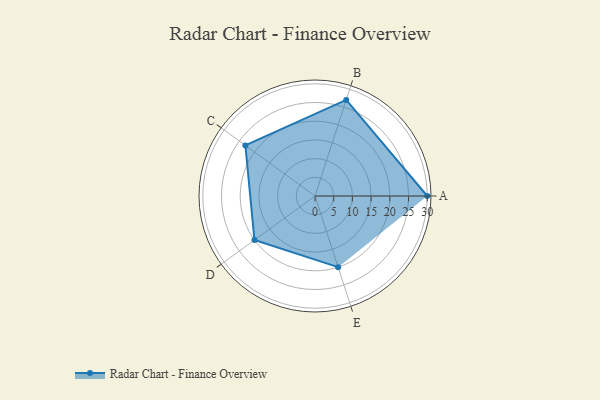
{"axis": {"x": "Skill", "y": "Score"}, "legend": ["Profile"], "data": [{"x": "A", "y": 30.0, "type": "Profile"}, {"x": "B", "y": 27.0, "type": "Profile"}, {"x": "C", "y": 23.0, "type": "Profile"}, {"x": "D", "y": 20, "type": "Profile"}, {"x": "E", "y": 20, "type": "Profile"}]}